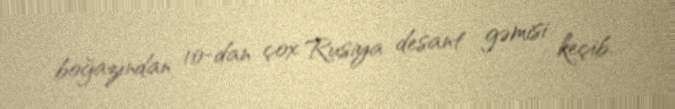
boğazından 10-dan çox Rusiya desant gəmisi keçib.